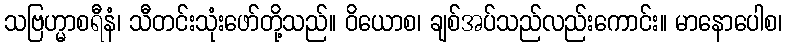
သဗြဟ္မာစရီနံ၊ သီတင်းသုံးဖော်တို့သည်။ ဝိယောစ၊ ချစ်အပ်သည်လည်းကောင်း။ မာနောပေါစ၊